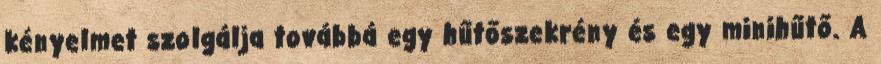
kényelmet szolgálja továbbá egy hűtőszekrény és egy minihűtő. A